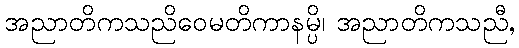
အညာတိကသညိဝေမတိကာနမ္ပိ၊ အညာတိကသညီ,